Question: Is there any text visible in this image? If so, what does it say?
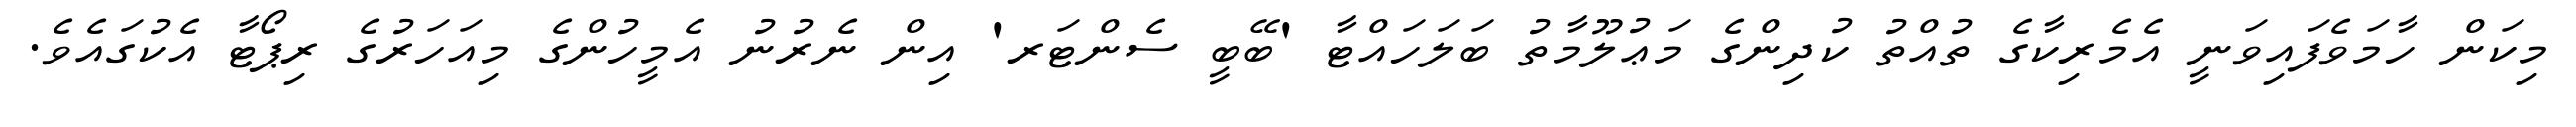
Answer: މިކަން ހާމަވެފައިވަނީ އެމެރިކާގެ ތުއްތު ކުދިންގެ މަޢުލޫމާތު ބަލަހައްޓާ 'ބޭބީ ސެންޓަރ' އިން ނެރުނު އެމީހުންގެ މިއަހަރުގެ ރިޕޯޓާ އެކުގައެވެ.